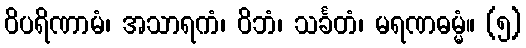
ဝိပရိဏာမံ၊ အသာရကံ၊ ဝိဘံ၊ သင်္ခတံ၊ မရဏဓမ္မံ။ (၅)